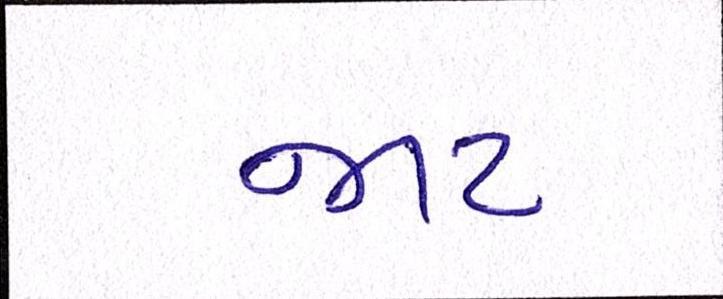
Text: જાટ